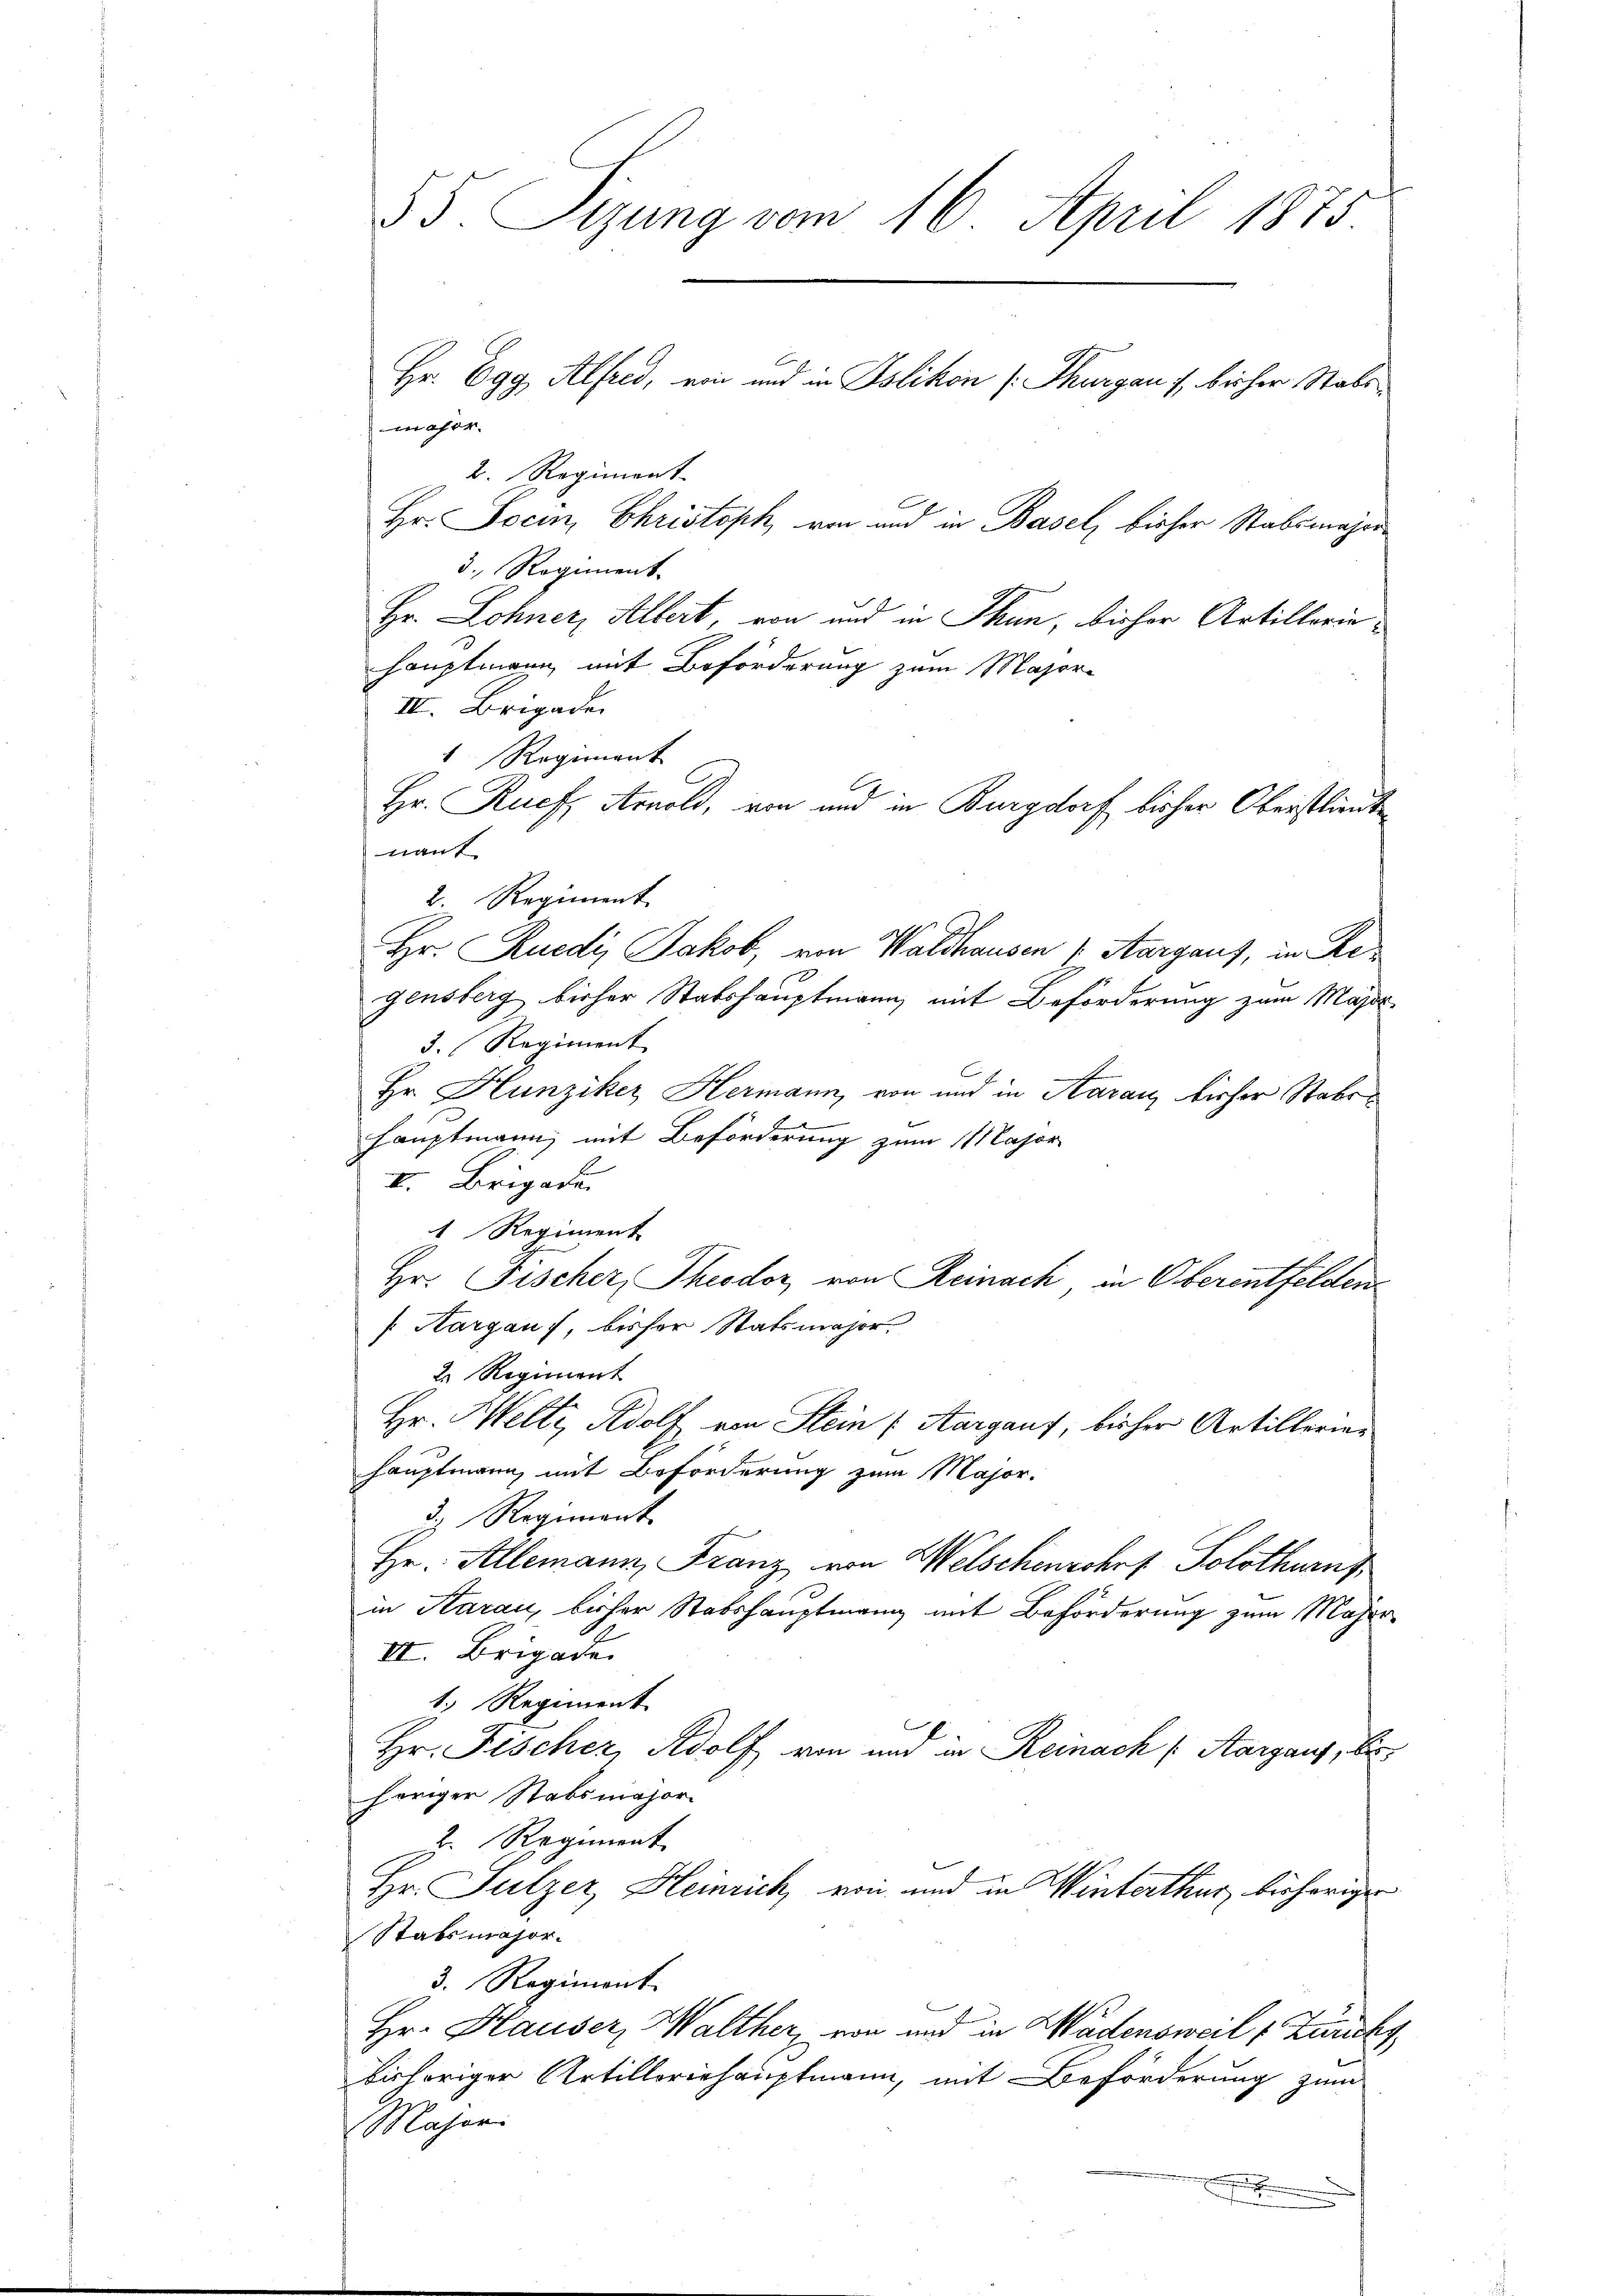
55. Sigung vom 16. April 1875

möser.
2. Regiment
Hr. Socin, Christoph, von und in Basel, bisher Stabsmajor¬
3. Regiment.
Hr. Lohner, Albert, von und in Thun, bisher Artilleriehauptmann mit Beförderung zum Major-
III. Brigade
4. Regiment
Hr. Ruef, Arnold, von und in Burgdorf bisher Oberstlint
nant
2. Regiment
Hr. Ruedi, Jakob, von Waldhausen (Aargaus, in Regensberg bisher Stabshauptmann mit Beförderung zum Major
3. Regiment
Hr. Hunziker Hermann, von und in Saran, bisher Stabs¬
u
hauptmann, mit Beförderung zum Major
I. Brigaden |
I Regiment
Hr. Fischer, Theodor von Reinach, in Oberentfelden¬
[Hargaus, bisher Statsmajor.
2. Regiment
Hr. Heltz, Adolf von Stein (Aargaus, bisher Artillerien
hauptmann, mit Beförderung zum Major.
d. Regiment
Hr. Allemann, Franz von Welschenschef Solothurns
in Aarau, bisher Stabshauptmann mit Beförderung zum Majer-
II. Brigade.
t. Regiment
Hr. Fischer, Adolf von und in Reinach (Aargaus, bis
höriger Stabsmajor
2. Regiment
Hr. Sulzer, Heinrich, von und in Winterthur, bisherigen
Stabsmajor.
3. Regiment.
b
Hr. Hauser, Walther, von und in Wädensweil f Zurichs
bishöriger Artilloriehauptmann, mit Beförderung zum
Majori
.

Hr. Egg, Alfred, ein und in Islikon (Thurgau, bisher Stabs